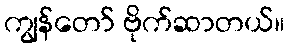
ကျွန်တော် ဗိုက်ဆာတယ်။